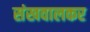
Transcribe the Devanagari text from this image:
संखवालकर